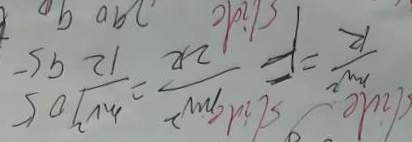
\frac { m ^ { 2 } } { R } = F \frac { m v ^ { 2 } } { 2 R } = \frac { m v ^ { 2 } } { 1 2 }